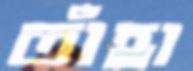
তাঁহা